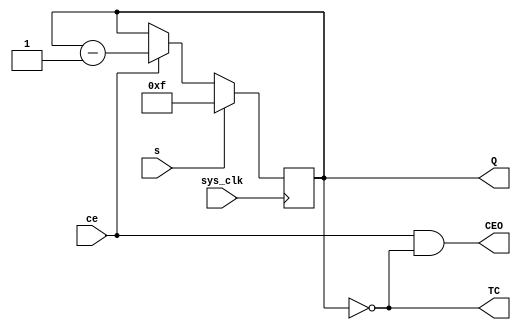
module VCBDmSE(ce, Q, sys_clk, TC, s, CEO);

input ce;
output reg [3:0] Q = 4'd0;
input sys_clk;
output wire TC;
input s;
output wire CEO;

assign TC = (Q == 0);
assign CEO = ce & TC;

always @(posedge sys_clk)
begin
        Q <= s ? 4'd15 : ce ? Q - 4'd1 : Q;
end

endmodule